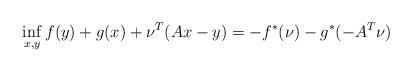
\begin{align*}\inf_{x,y} f(y) + g(x) + \nu^T(Ax - y) = - f^*(\nu) -g^*(-A^T\nu)\end{align*}